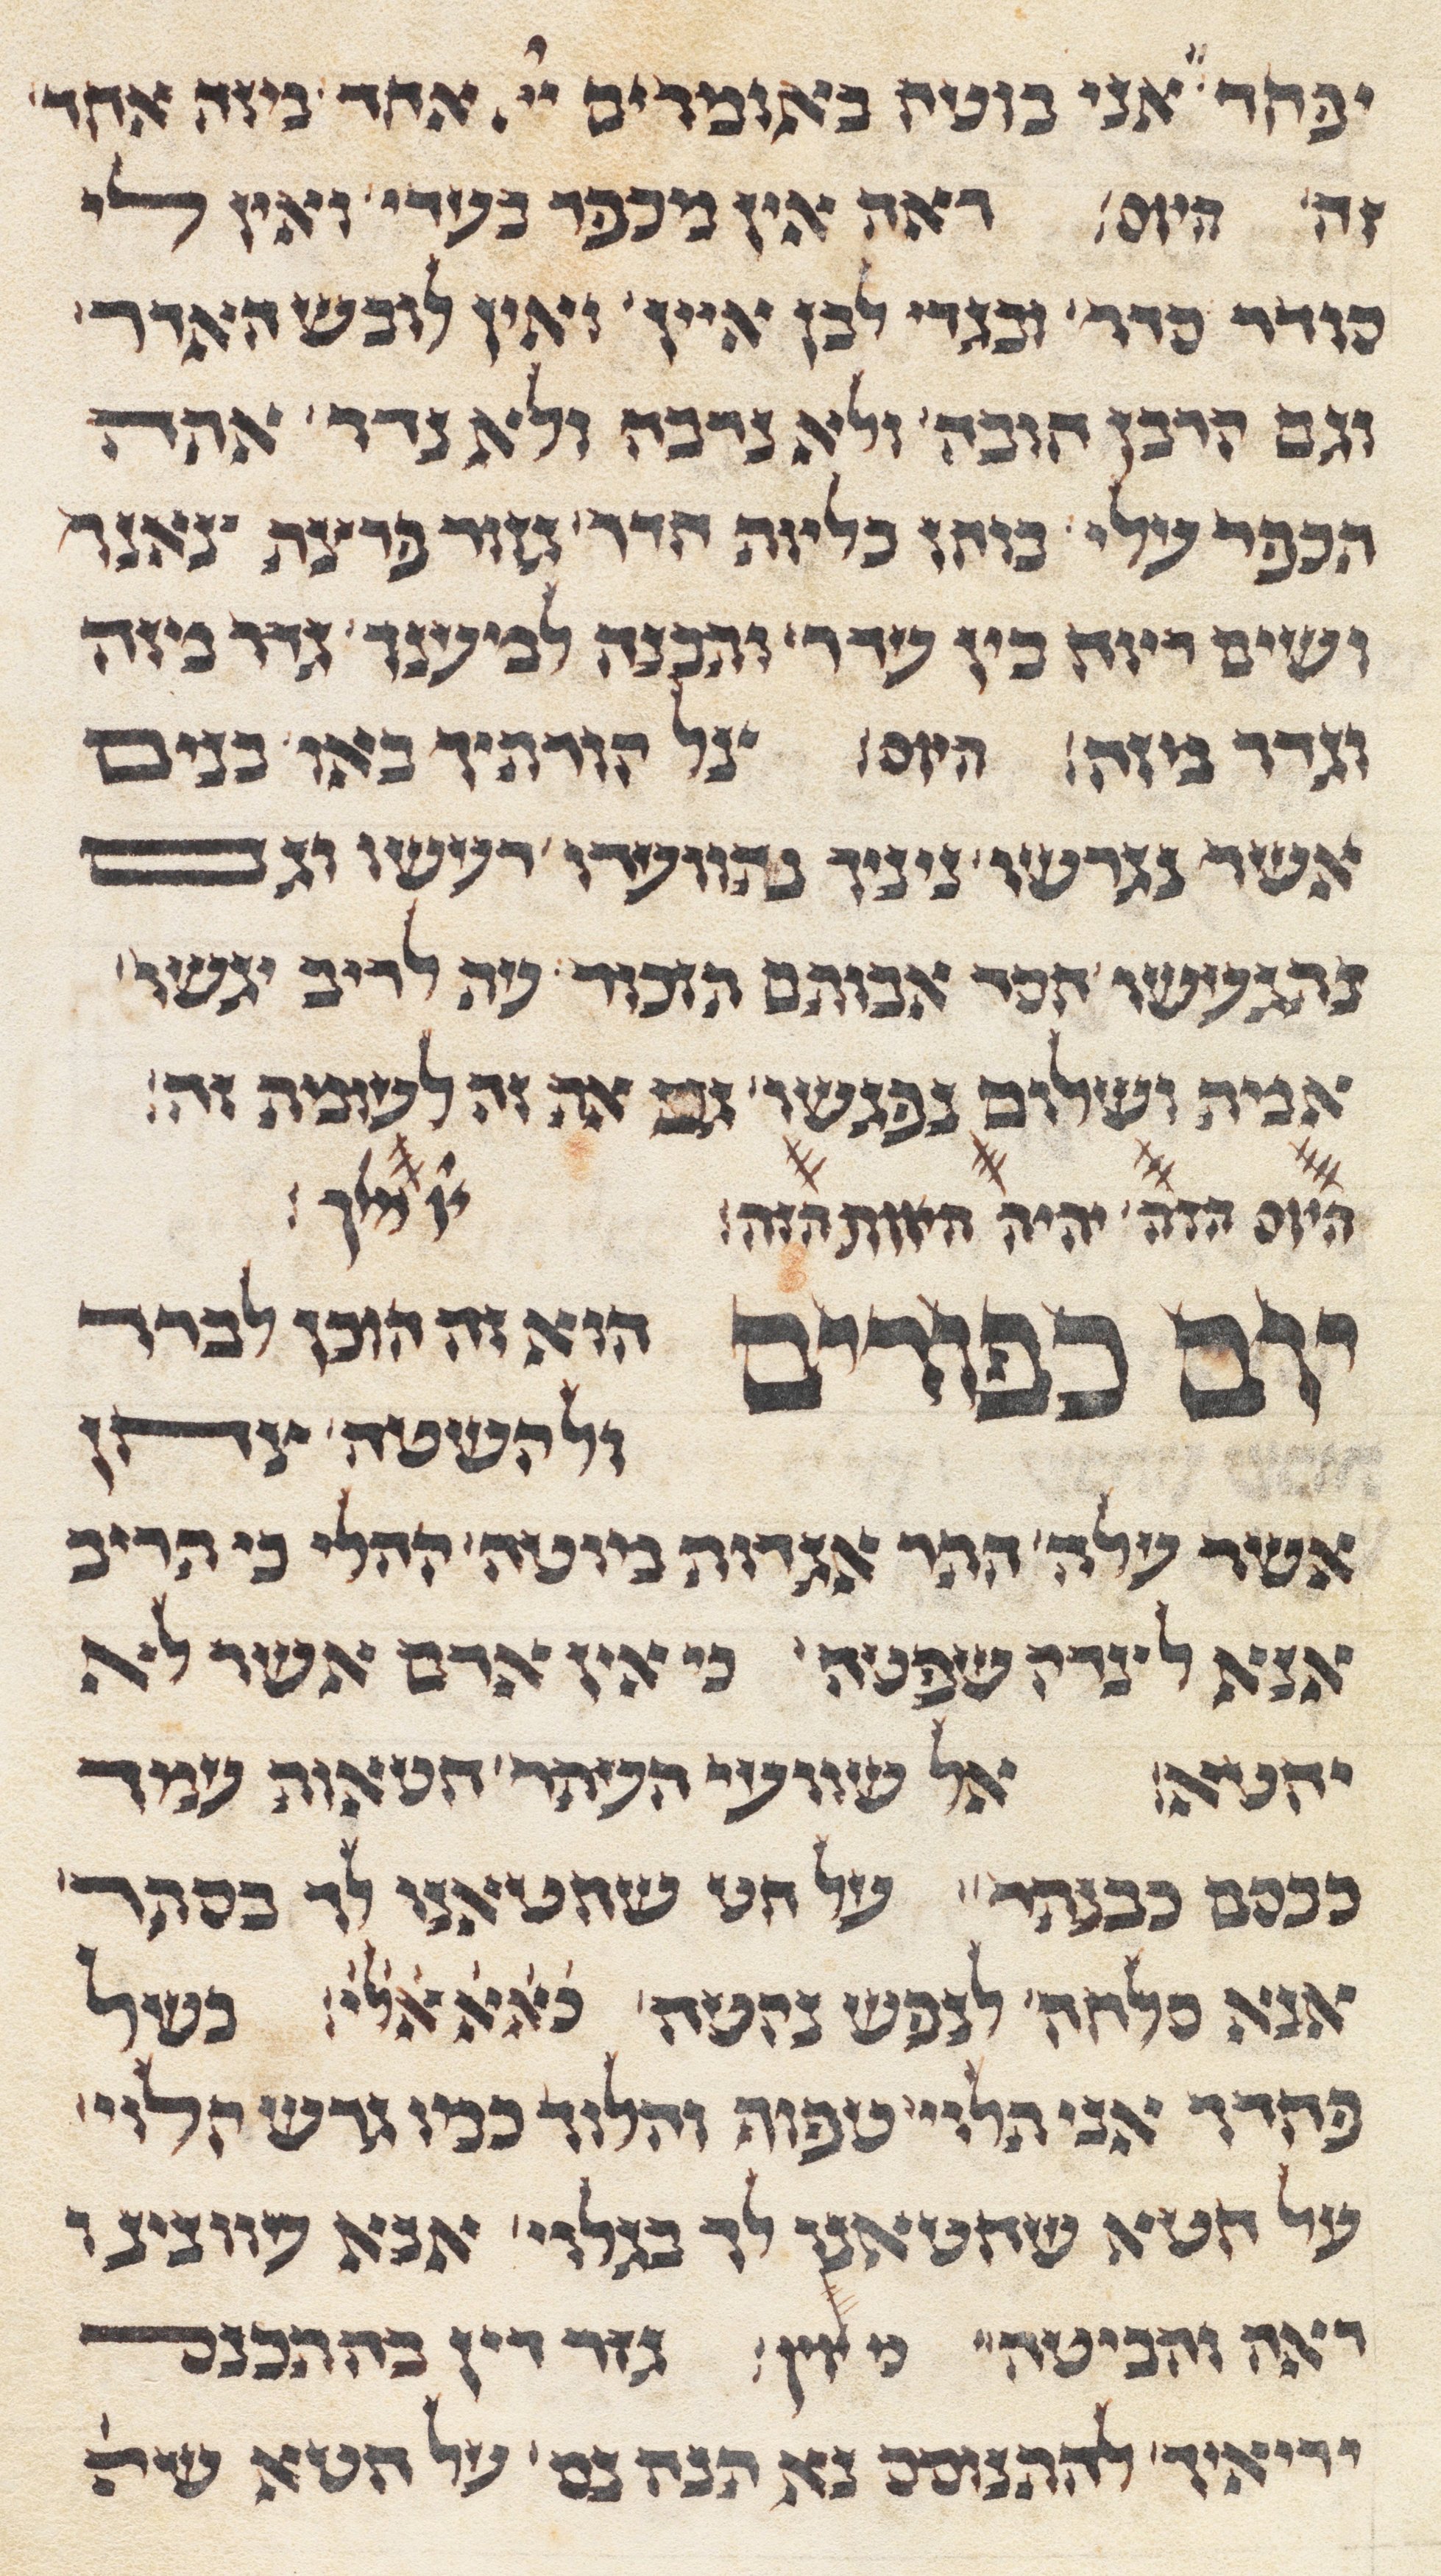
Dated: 1285–1315